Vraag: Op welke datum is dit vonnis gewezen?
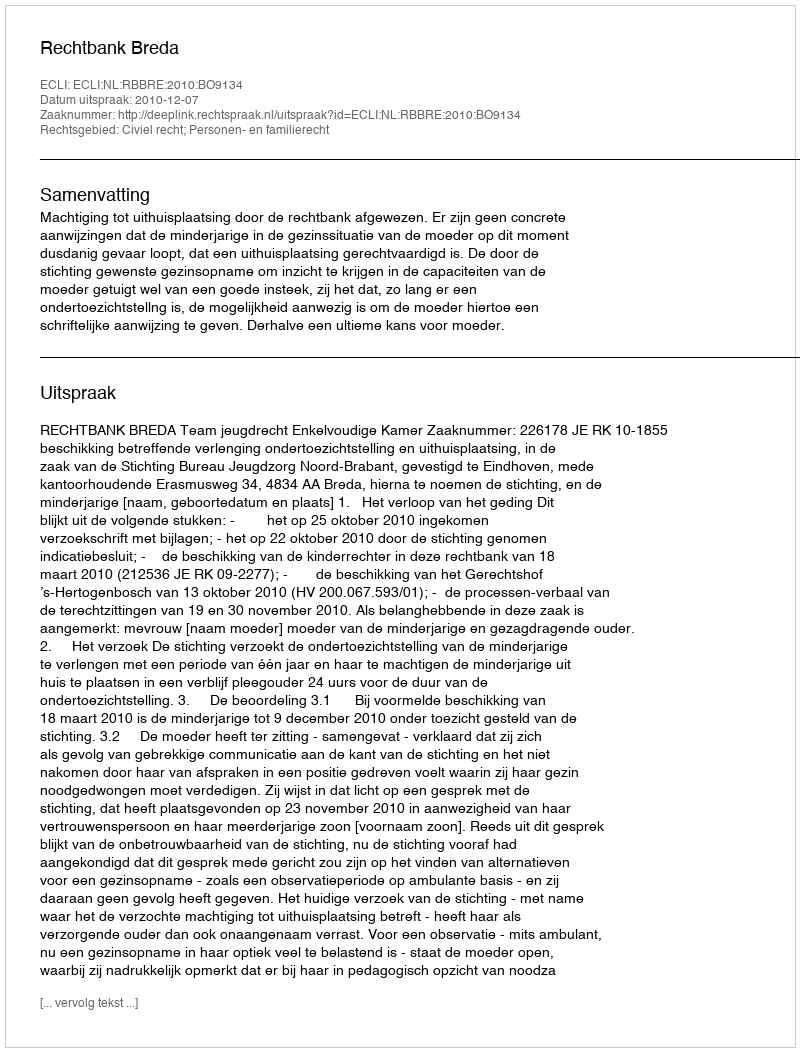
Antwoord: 2010-12-07